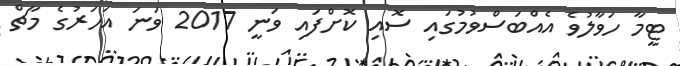
ޓީމާ ހަވާލުވެ އެއްބަސްވުމުގައި ސޮއި ކޮށްފައި ވަނީ 2017 ވަނަ އަހަރުގެ މާޗް